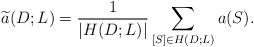
LaTeX: \begin{align*} \widetilde{a}(D;L) = \frac{1}{|H(D; L)|}\sum_{[S]\in H(D; L)}a(S).\end{align*}